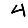
Digit: 4